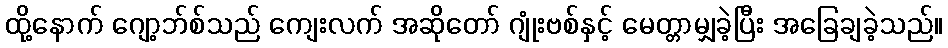
ထို့နောက် ဂျော့ဘ်စ်သည် ကျေးလက် အဆိုတော် ဂျုံးဗစ်နှင့် မေတ္တာမျှခဲ့ပြီး အခြေချခဲ့သည်။